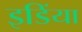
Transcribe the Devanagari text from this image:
इडिंया